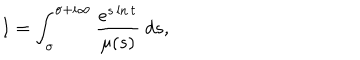
I = \int _ { \sigma } ^ { \sigma + i \infty } \frac { e ^ { s \ln t } } { \mu ( s ) } \ d s ,